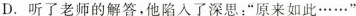
D.听了老师的解答，他陷入了深思：”原来如此……。”